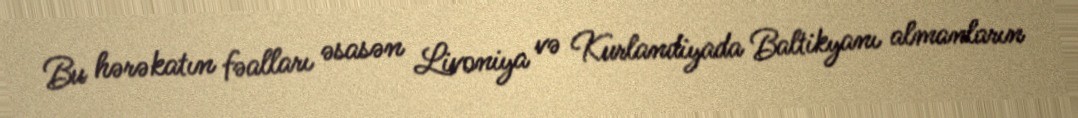
Bu hərəkatın fəalları əsasən Livoniya və Kurlandiyada Baltikyanı almanların